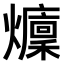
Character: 𤒢